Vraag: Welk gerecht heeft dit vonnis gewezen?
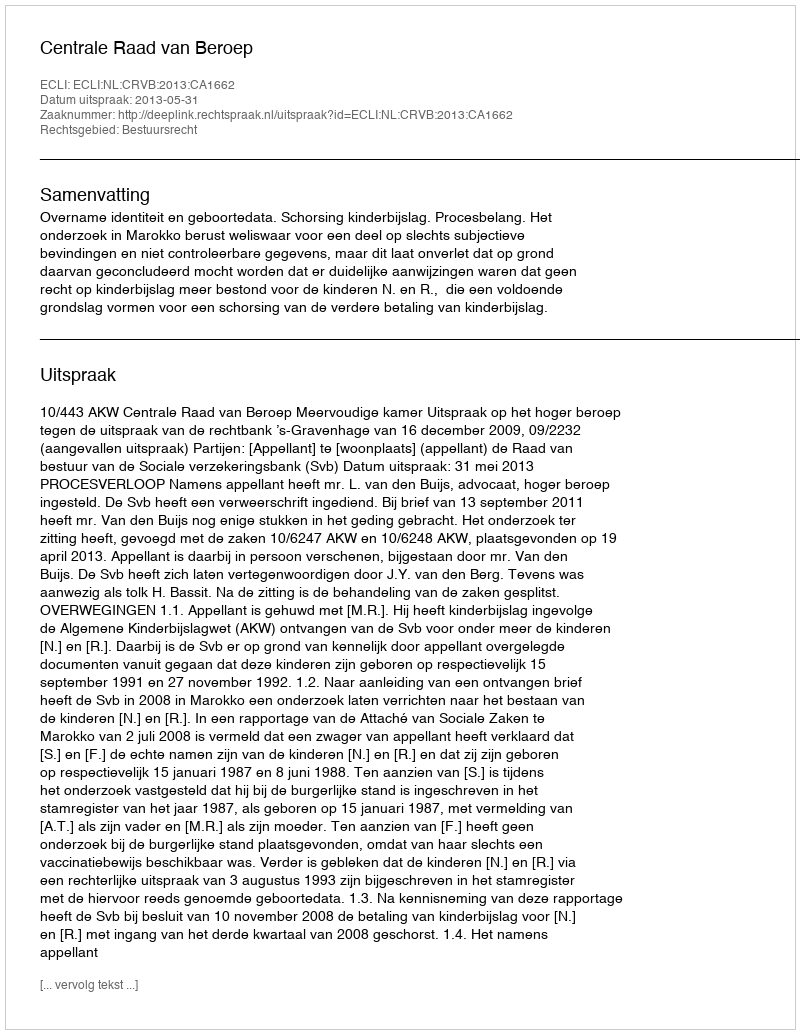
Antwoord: Centrale Raad van Beroep